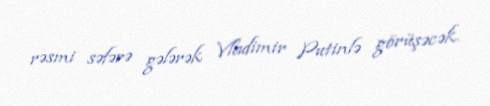
rəsmi səfərə gələrək Vladimir Putinlə görüşəcək.